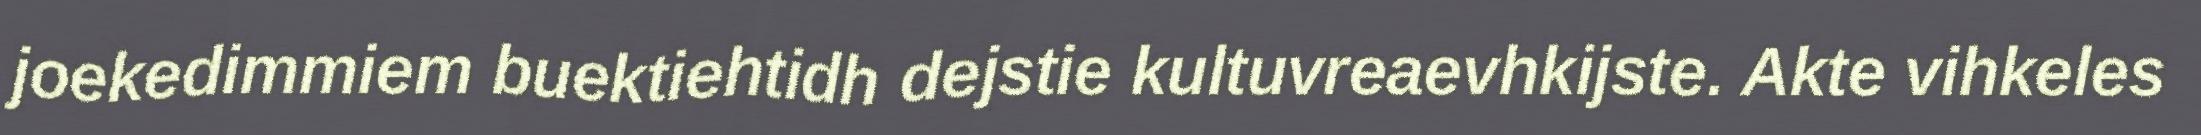
joekedimmiem buektiehtidh dejstie kultuvreaevhkijste. Akte vihkeles